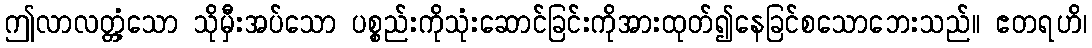
ဤလာလတ္တံ့သော သိုမှီးအပ်သော ပစ္စည်းကိုသုံးဆောင်ခြင်းကိုအားထုတ်၍နေခြင်စသောဘေးသည်။ ဧတရဟိ၊